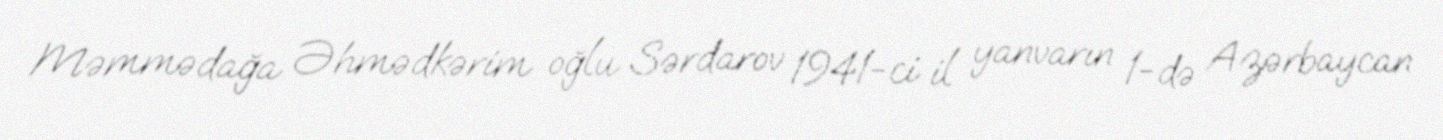
Məmmədağa Əhmədkərim oğlu Sərdarov 1941-ci il yanvarın 1-də Azərbaycan